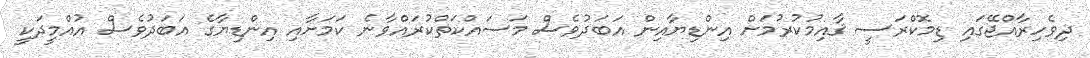
ދިވެހިރާއްޖޭގައި ޑިމޮކްރަސީ ޤާއިމުކުރުމަށް އިންޑިޔާއިން އަބަދުވެސް މަސައްކަތްކުރައްވާނެ ކަމަށާއި އިންޑިޔާގެ އަބަދުވެސް އުއްމީދަކީ